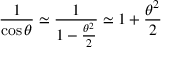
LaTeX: { \frac { 1 } { \cos \theta } } \simeq { \frac { 1 } { 1 - { \frac { \theta ^ { 2 } } { 2 } } } } \simeq 1 + { \frac { \theta ^ { 2 } } { 2 } }